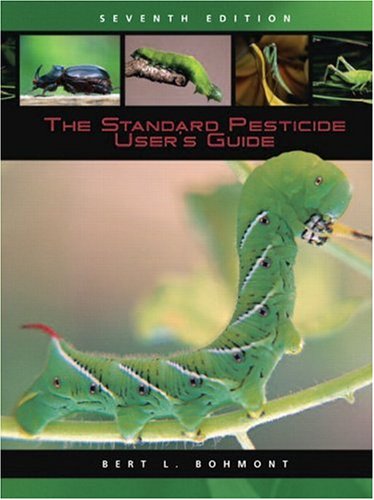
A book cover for Standard Pesticide User's Guide, The (7th Edition); Bert L. Bohmont; Science & Math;